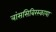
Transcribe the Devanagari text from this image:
त्रांससिबिरस्काया